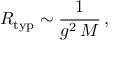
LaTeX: R _ { \mathrm { t y p } } \sim \frac { 1 } { g ^ { 2 } \, M } \, ,